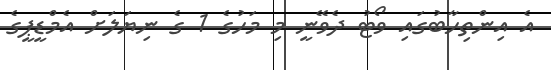
އެ އިންތިހާބުގައި ވޯޓު ދެވޭނީ މި މަހުގެ 1 ގެ ނިޔަލަށް އެމްޑީޕީގެ